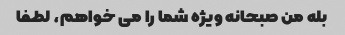
بله من صبحانه ویژه شما را می خواهم، لطفا